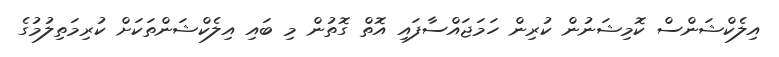
އިލެކްޝަންސް ކޮމިޝަނުން ކުރިން ހަމަޖައްސާފައި އޮތް ގޮތުން މި ބައި އިލެކްޝަންތަކަށް ކުރިމަތިލުމުގެ